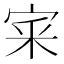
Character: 宷